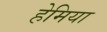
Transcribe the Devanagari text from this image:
हेमिया